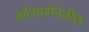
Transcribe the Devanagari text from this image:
कौरवसेनेतील